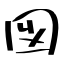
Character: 図